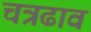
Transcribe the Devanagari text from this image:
चत्रढाव